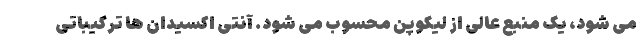
می شود، یک منبع عالی از لیکوپن محسوب می شود. آنتی اکسیدان ها ترکیباتی